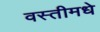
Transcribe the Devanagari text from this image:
वस्तीमधे